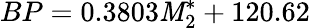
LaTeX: BP=0.3803\mathit{M}_{2}^{*}+120.62